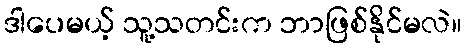
ဒါပေမယ့် သူ့သတင်းက ဘာဖြစ်နိုင်မလဲ။